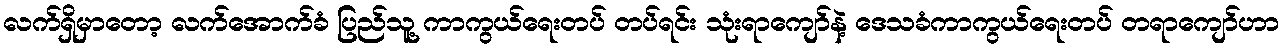
လက်ရှိမှာတော့ လက်အောက်ခံ ပြည်သူ့ ကာကွယ်ရေးတပ် တပ်ရင်း သုံးရာကျော်နဲ့ ဒေသခံကာကွယ်ရေးတပ် တရာကျော်ဟာ